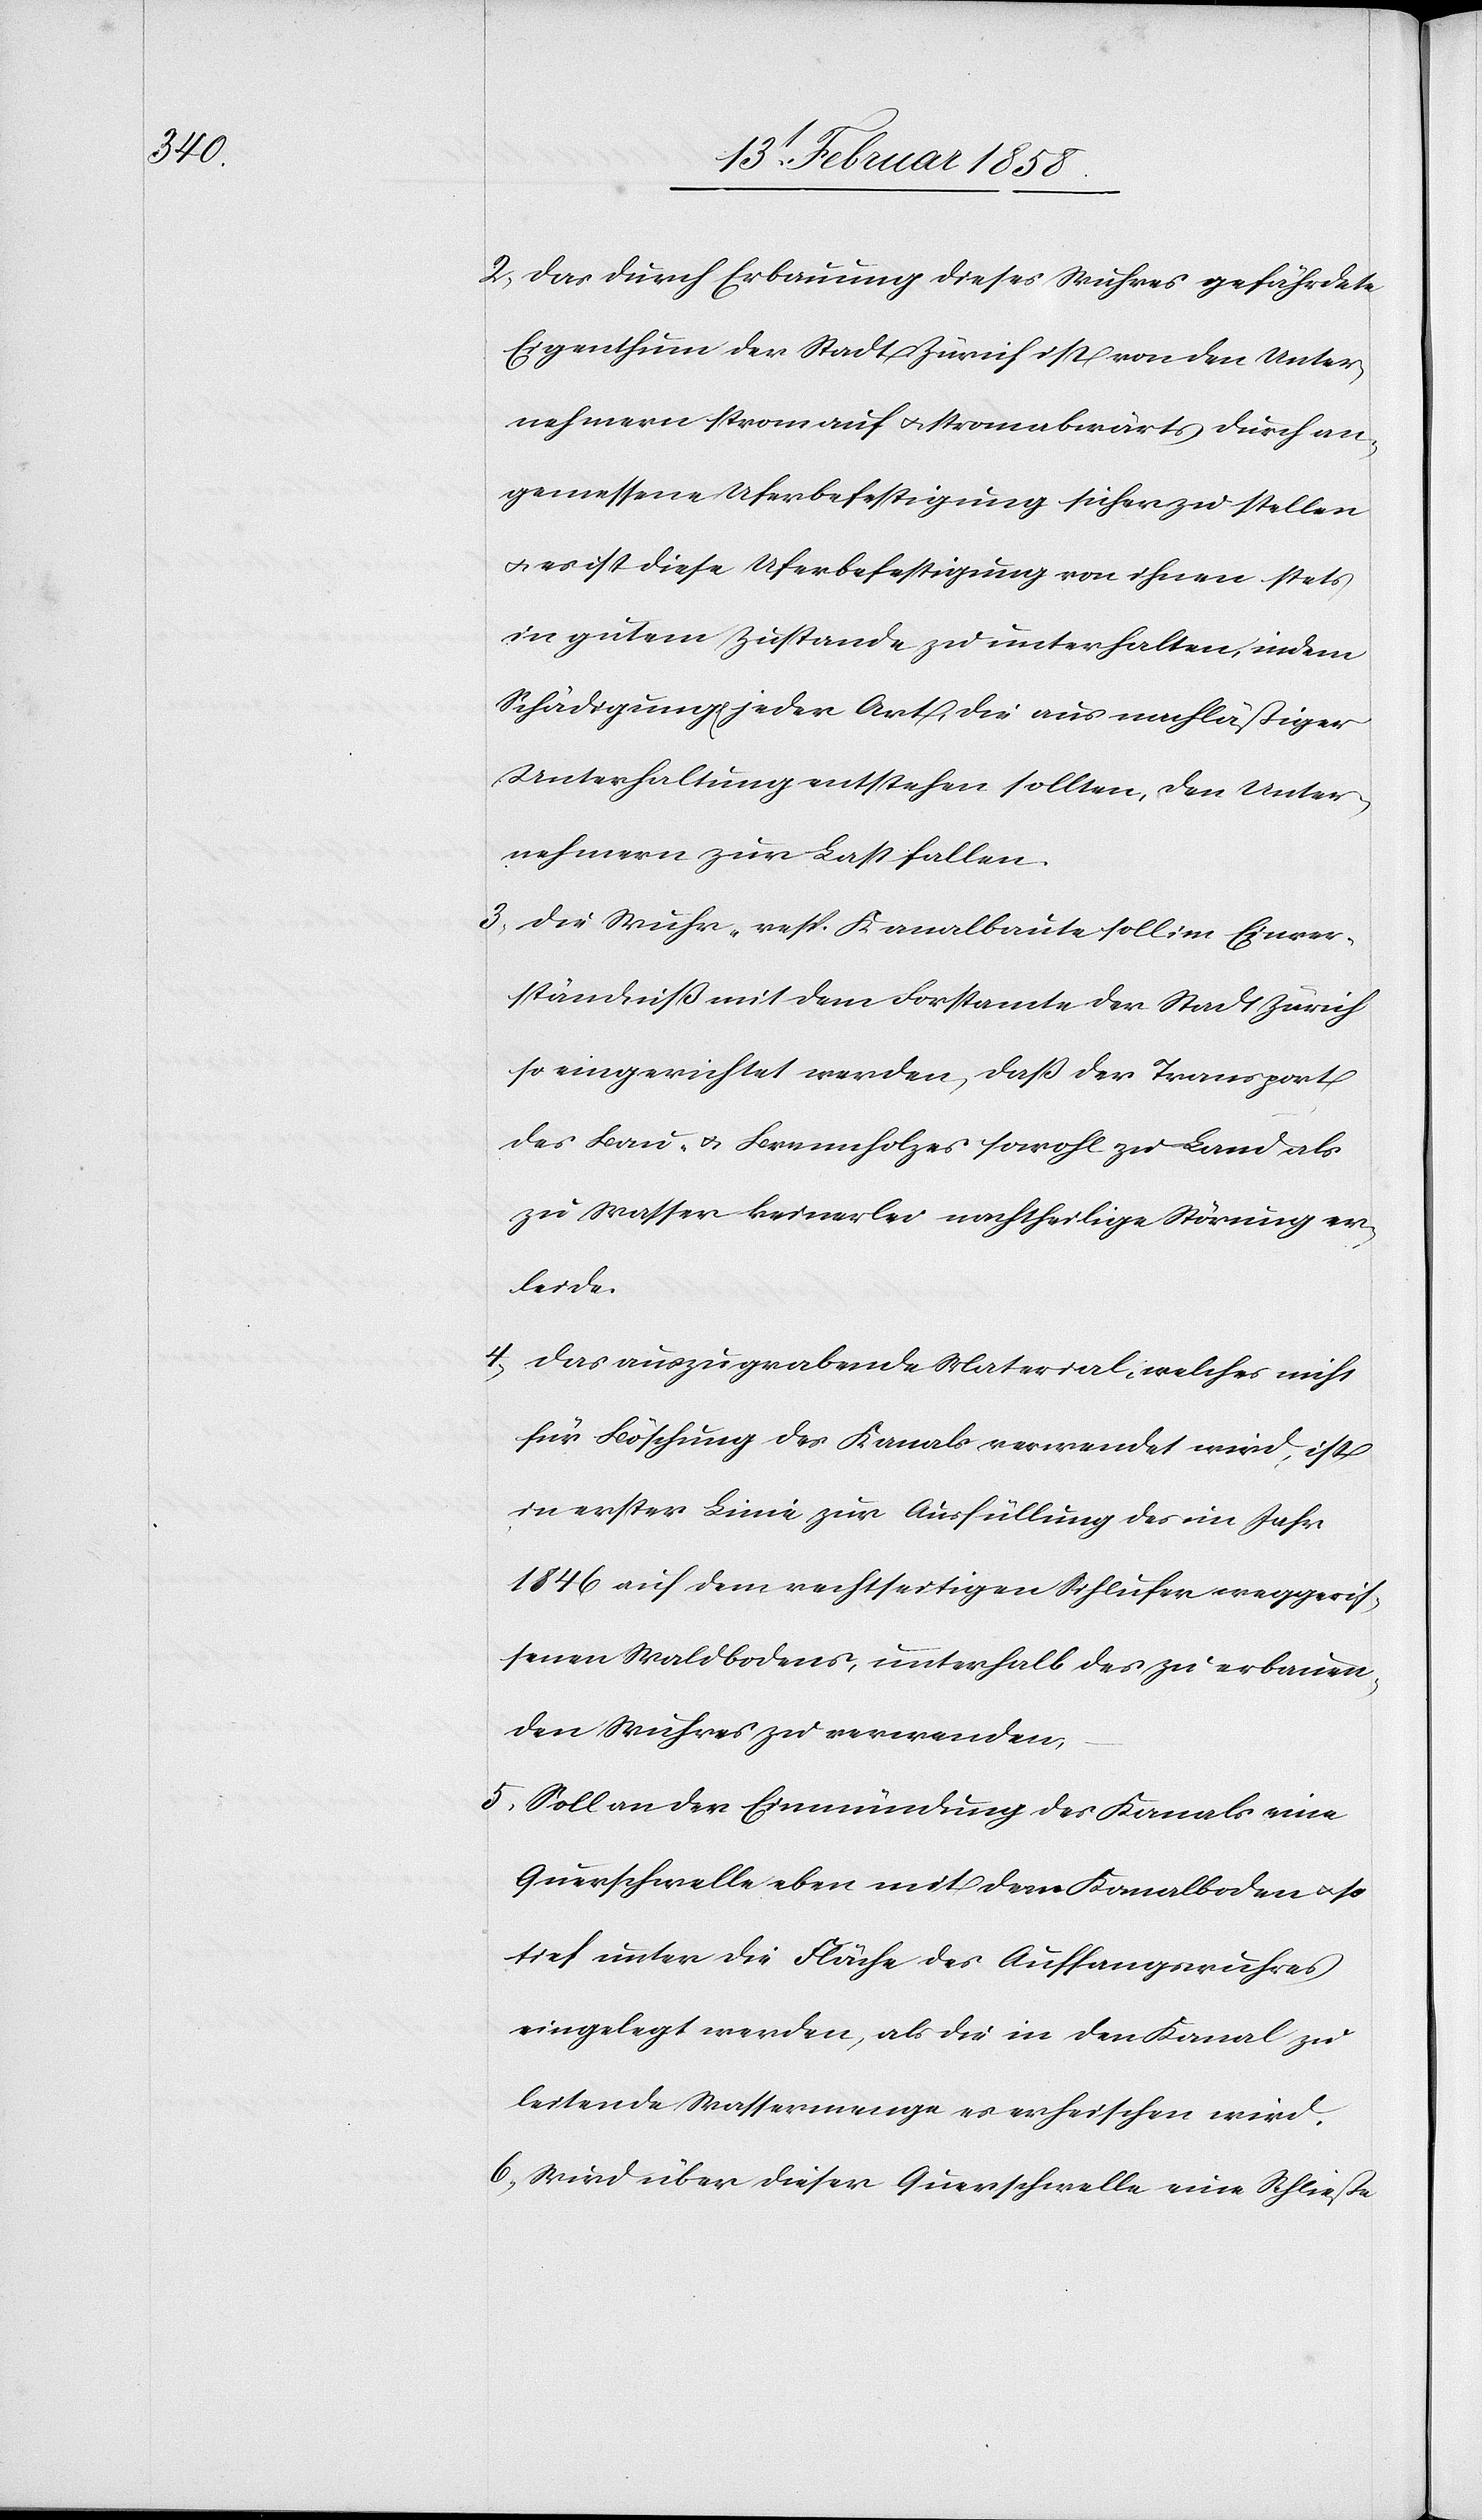
2. Das durch Erbauung dieses Wuhres gefährdete
Eigenthum der Stadt Zürich ist von den Unter¬
nehmern stromauf[-] u. stromabwärts durch an¬
gemessene Uferbefestigung sicher zu stellen
u. es ist diese Uferbefestigung von ihnen stets
in gutem Zustande zu unterhalten, indem
Schädigung[en] jeder Art, die aus nachläßiger
Unterhaltung entstehen sollten, den Unter¬
nehmern zur Last fallen.
3. Die Wuhr- resp. Kanalbaute soll im Einver¬
ständniß mit dem Forstamte der Stadt Zürich
so eingerichtet werden, daß der Transport
des Bau- u. Brennholzes sowohl zu Land als
zu Wasser keinerlei nachtheilige Störung er¬
leide.
4. Das auszugrabende Material, welches nicht
für Böschung des Kanals verwendet wird, ist
in erster Linie zur Ausfüllung des im Jahr
1846 auf dem rechtseitigen Sihlufer weggeris¬
senen Waldbodens, unterhalb des zu erbauen¬
den Wuhres zu verwenden.
5. Soll an der Einmündung des Kanals eine
Querschwelle eben mit dem Kanalboden u. so
tief unter die Fläche des Auffangswuhres
eingelegt werden, als die in den Kanal zu
leitende Wassermenge es erheischen wird.
6. Wird über dieser Querschwelle eine Schließe